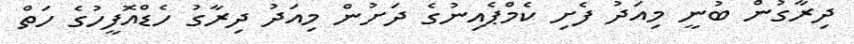
ދިރާގުން ބުނީ މިއަދު ފެށި ކެމްޕެއިނުގެ ދަށުން މިއަދު ދިރާގު ހެޑްއޮފީހުގެ ހަތް